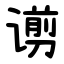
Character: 谫